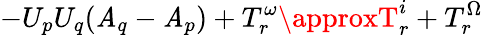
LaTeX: -U_{p}U_{q}(\mathit{A}_{q}-\mathit{A}_{p})+T_{r}^{\omega}\approxT_{r}^{i}+T_{r}^{\Omega}